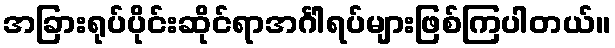
အခြားရုပ်ပိုင်းဆိုင်ရာအင်္ဂါရပ်များဖြစ်ကြပါတယ်။